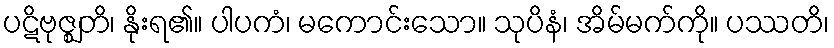
ပဋိဗုဇ္ဈတိ၊ နိုးရ၏။ ပါပကံ၊ မကောင်းသော။ သုပိနံ၊ အိမ်မက်ကို။ ပဿတိ၊